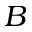
B